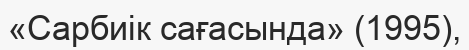
«Сарбиік сағасында» (1995),